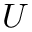
\boldsymbol { U }